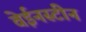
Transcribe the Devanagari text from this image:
वेईनस्टीन